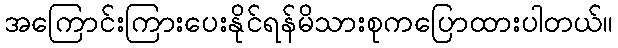
အကြောင်းကြားပေးနိုင်ရန်မိသားစုကပြောထားပါတယ်။